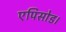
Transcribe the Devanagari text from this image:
एपिसोड।